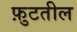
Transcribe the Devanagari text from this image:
फ़ुटतील